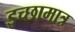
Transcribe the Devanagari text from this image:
इच्छामात्र